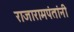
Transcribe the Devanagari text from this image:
राजारामपंतांनी